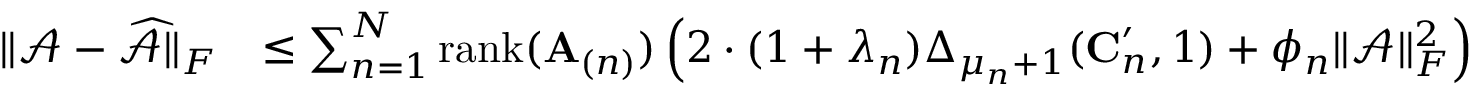
\begin{array} { r l } { \| \mathcal { A } - \widehat { \mathcal { A } } \| _ { F } } & { \leq \sum _ { n = 1 } ^ { N } \mathrm { r a n k } ( \mathbf { A } _ { ( n ) } ) \left( 2 \cdot ( 1 + \lambda _ { n } ) \Delta _ { \mu _ { n } + 1 } ( \mathbf { C } _ { n } ^ { \prime } , 1 ) + \phi _ { n } \| \mathcal { A } \| _ { F } ^ { 2 } \right) } \end{array}